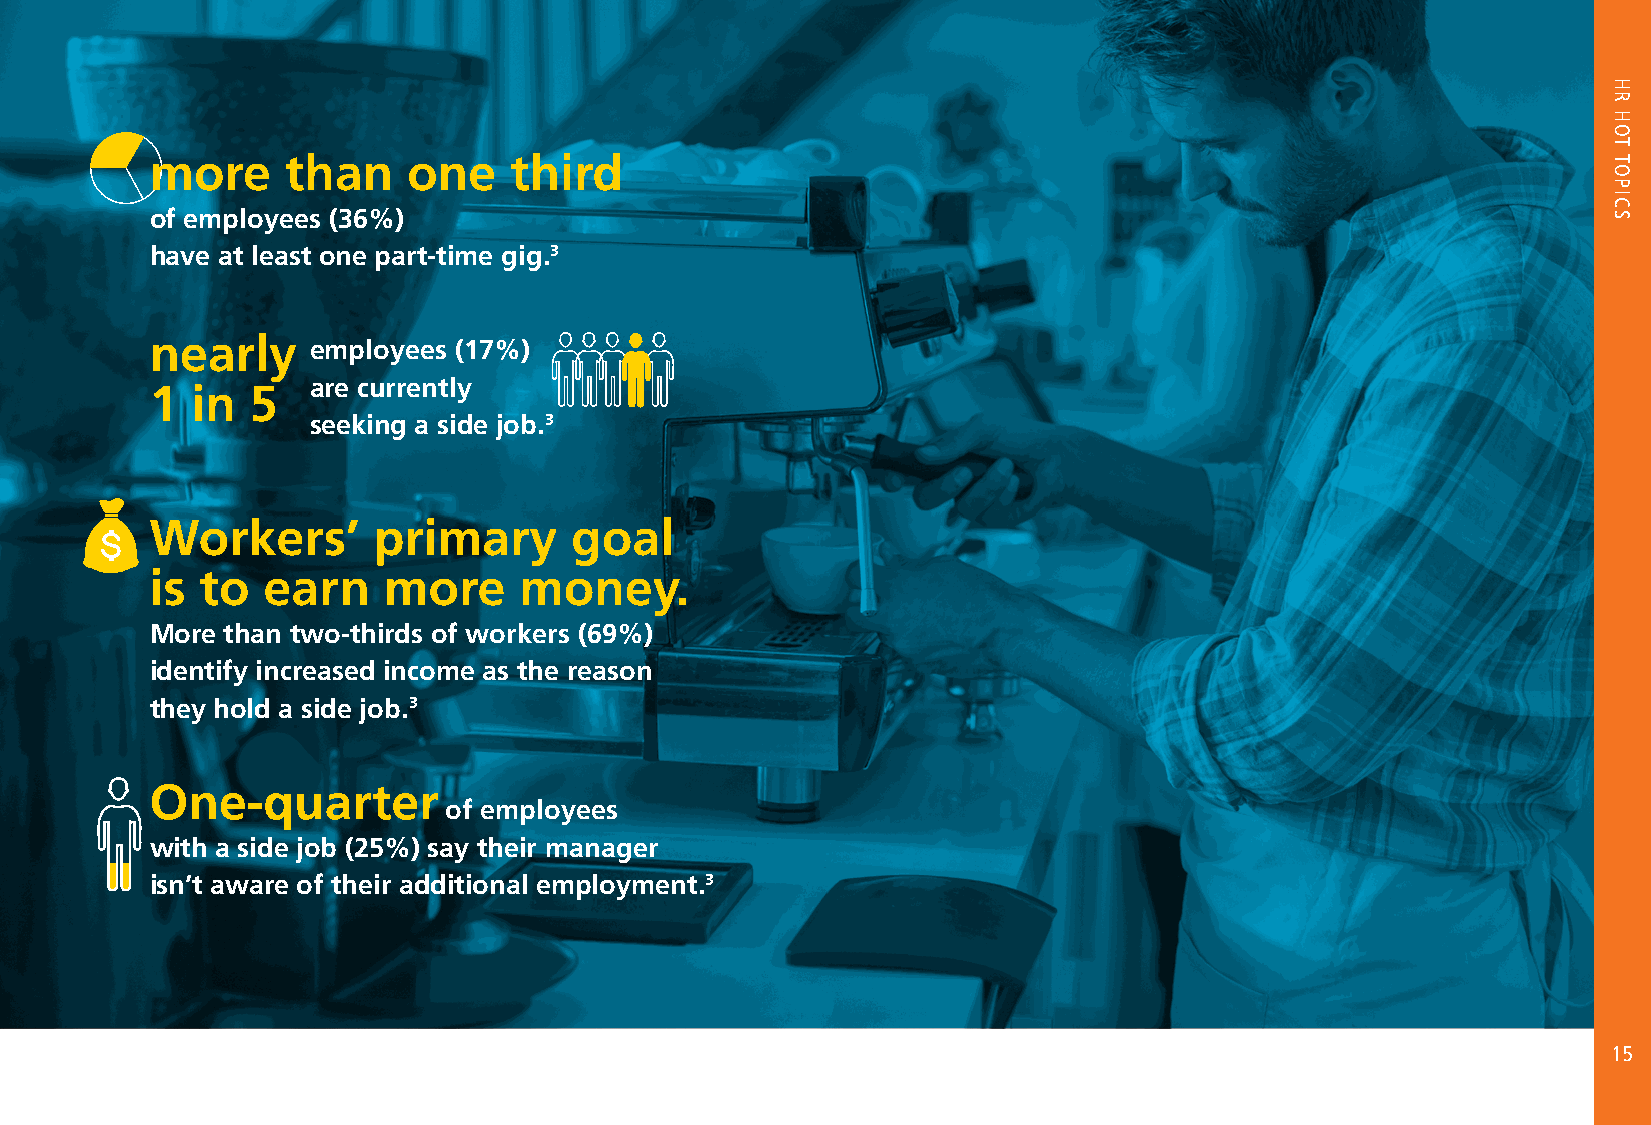
IN        more     than    one    third
 gig economy of employees (36%)
 have at least one part-time gig.3
 nearly     e mployees (17%)
 are currently
 1  in  5
 seeking a side job.3
 Workers’       primary      goal
 is to  earn    more     money.
 More than two-thirds of workers (69%)
 identify increased income as the reason
 they hold a side job.3
 One-quarter
 of employees
 with a side job (25%) say their manager
 isn’t aware of their additional employment.3
 15
 HR
 HOT
 TOPICS